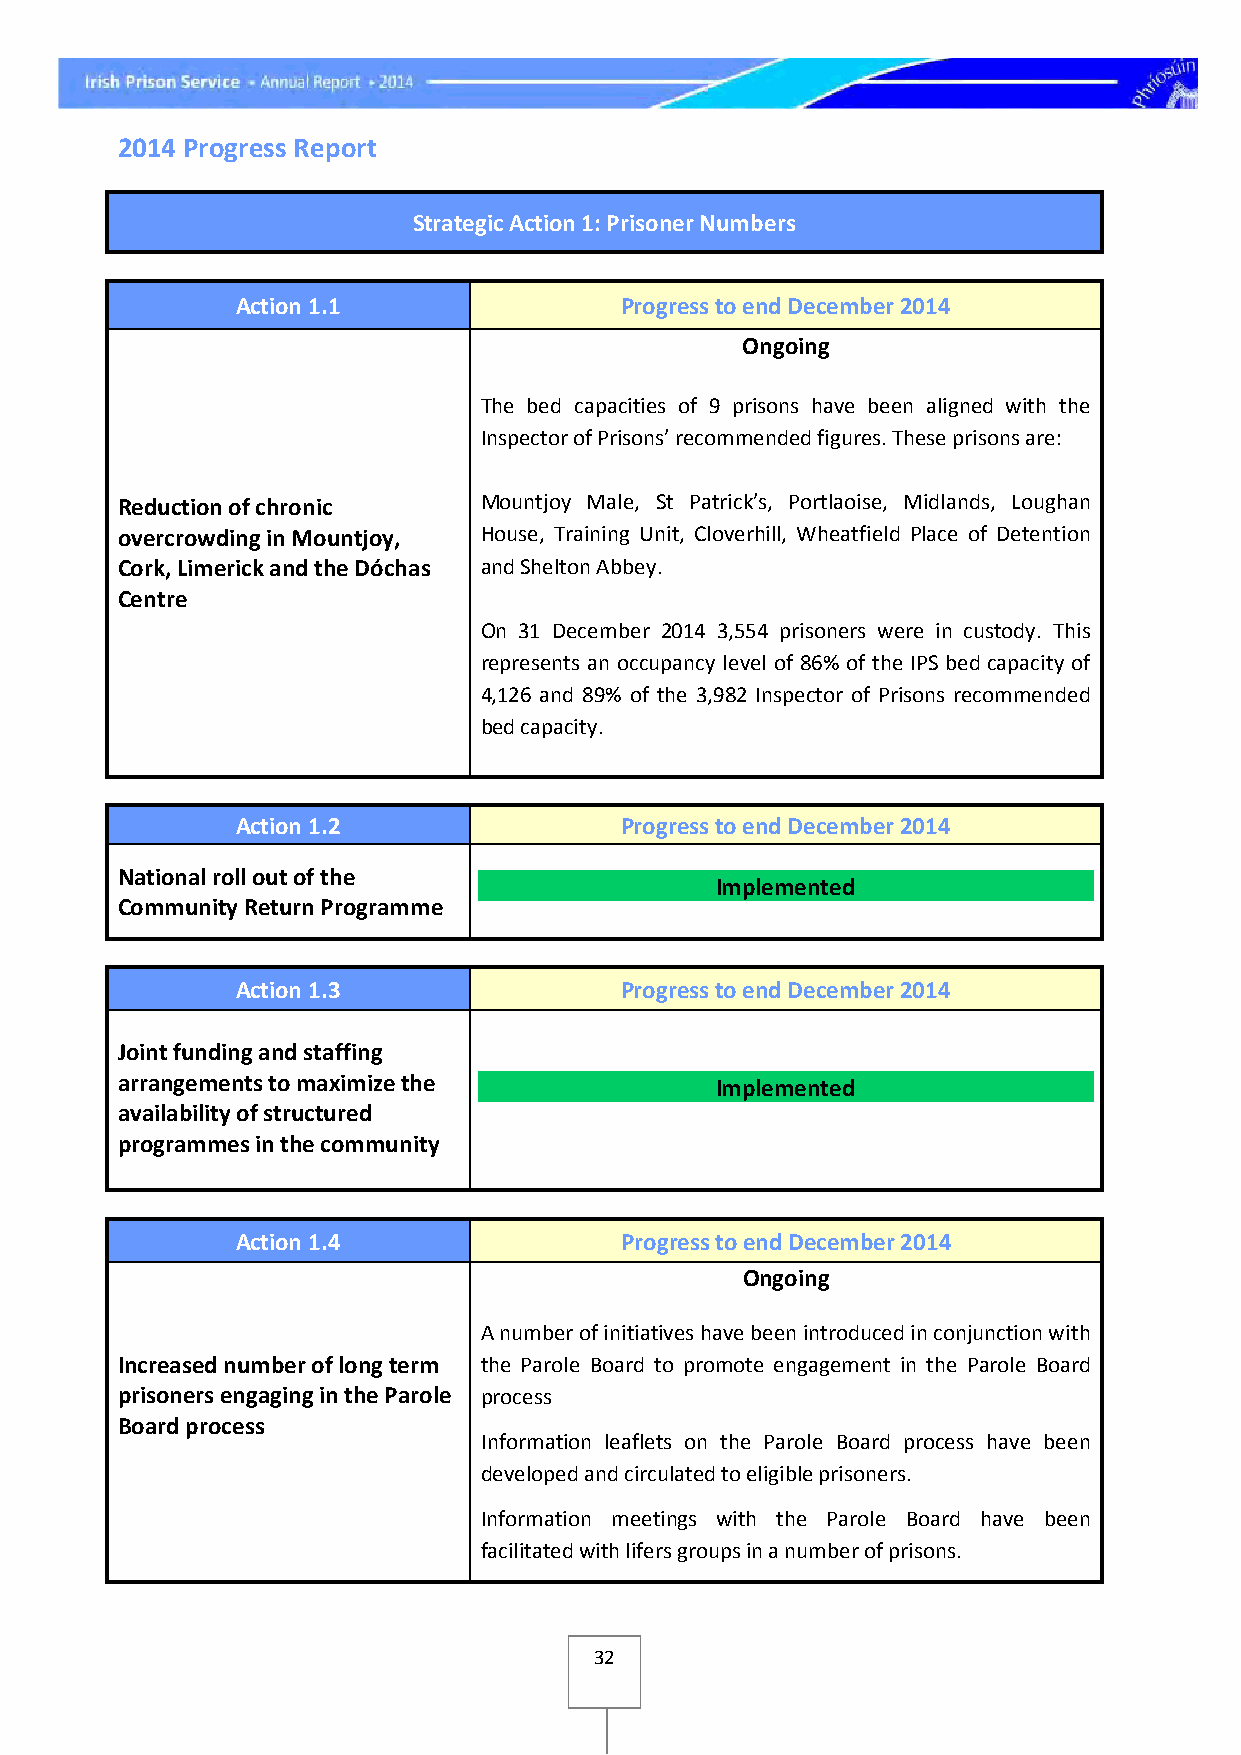
2014 Progress Report
 Strategic Action 1: Prisoner Numbers
 Action 1.1               Progress to end December 2014
 Ongoing
 The bed capacities of 9 prisons have been aligned with the
 Inspector of Prisons’ recommended figures. These prisons are:
 Reduction of chronic    Mountjoy Male, St Patrick’s, Portlaoise, Midlands, Loughan
 overcrowding in Mountjoy, House, Training Unit, Cloverhill, Wheatfield Place of Detention
 Cork, Limerick and the Dóchas and Shelton Abbey.
 Centre
 On 31 December 2014 3,554 prisoners were in custody. This
 represents an occupancy level of 86% of the IPS bed capacity of
 4,126 and 89% of the 3,982 Inspector of Prisons recommended
 bed capacity.
 Action 1.2               Progress to end December 2014
 National roll out of the
 Implemented
 Community Return Programme
 Action 1.3               Progress to end December 2014
 Joint funding and staffing
 arrangements to maximize the           Implemented
 availability of structured
 programmes in the community
 Action 1.4               Progress to end December 2014
 Ongoing
 A number of initiatives have been introduced in conjunction with
 Increased number of long term the Parole Board to promote engagement in the Parole Board
 prisoners engaging in the Parole process
 Board process
 Information leaflets on the Parole Board process have been
 developed and circulated to eligible prisoners.
 Information meetings with the Parole Board have been
 facilitated with lifers groups in a number of prisons.
 32